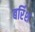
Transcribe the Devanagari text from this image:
बर्रिश